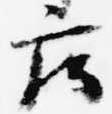
庄